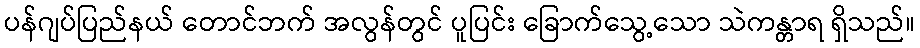
ပန်ဂျပ်ပြည်နယ် တောင်ဘက် အလွန်တွင် ပူပြင်း ခြောက်သွေ့သော သဲကန္တာရ ရှိသည်။